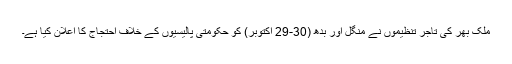
ملک بھر کی تاجر تنظیموں نے منگل اور بدھ (30-29 اکتوبر) کو حکومتی پالیسیوں کے خلاف احتجاج کا اعلان کیا ہے۔